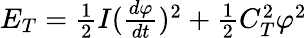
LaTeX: \begin{array}{r}{E_{T}=\frac{1}{2}I(\frac{d\varphi}{dt})^{2}+\frac{1}{2}C_{T}^{2}\varphi^{2}}\end{array}